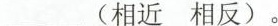
___ (相近 相反)。